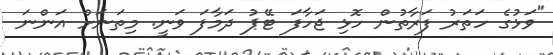
"ވަޅުގެ ހަތަރު ފަރާތުން ހޮޅި ޖަހާފަ ޓޭޕު ދަމާފަ ވަނީ. މިތަނަށް އަންނަ